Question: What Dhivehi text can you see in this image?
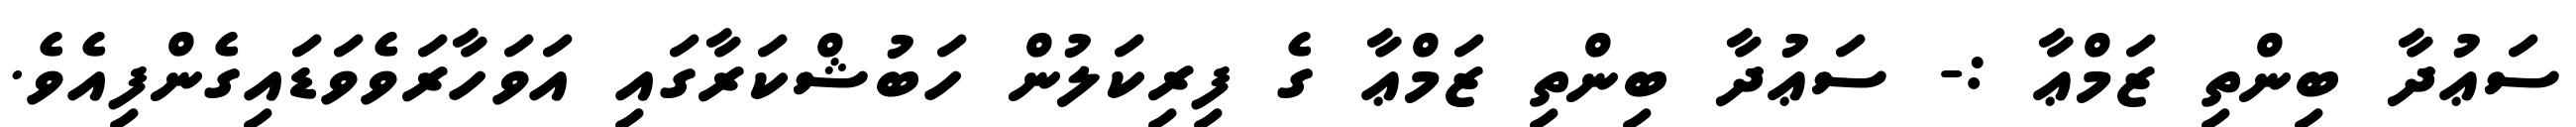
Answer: ސަޢުދާ ބިންތި ޒަމްޢާ :- ސަޢުދާ ބިންތި ޒަމްޢާ ގެ ފިރިކަލުން ހަބުޝްކަރާގައި އަވަހާރަވެވަޑައިގެންފިއެވެ.